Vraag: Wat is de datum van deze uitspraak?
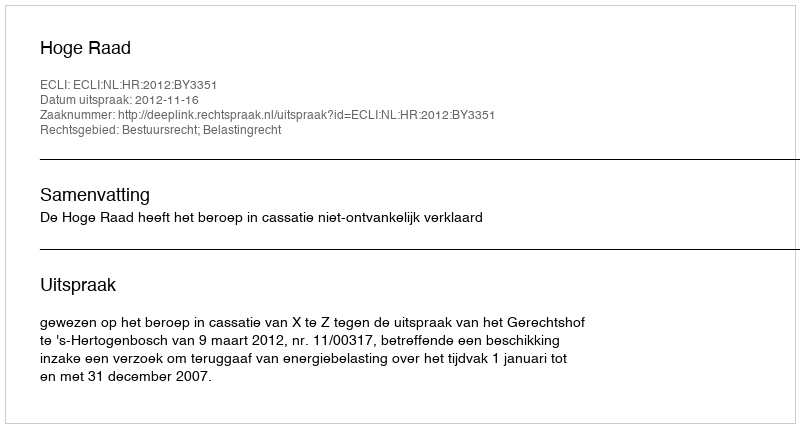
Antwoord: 2012-11-16